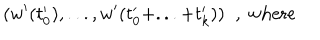
LaTeX: ( w ^ { \prime } ( t _ { 0 } ^ { \prime } ) , . . . , w ^ { \prime } ( t _ { 0 } ^ { \prime } + . . . + t _ { k } ^ { \prime } ) ) \; \; , \mathrm { ~ w h e r e }